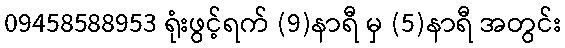
09458588953 ရုံးဖွင့်ရက် (9)နာရီ မှ (5)နာရီ အတွင်း